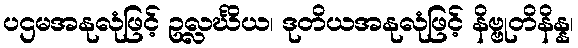
ပဌမအနုလုံဖြင့် ဥလ္လင်္ဃိယ၊ ဒုတိယအနုလုံဖြင့် နိဗ္ဗုတိနိန္န၊